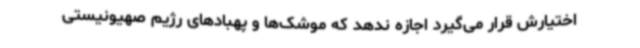
اختیارش قرار می‌گیرد اجازه ندهد که موشک‌ها و پهبادهای رژیم صهیونیستی